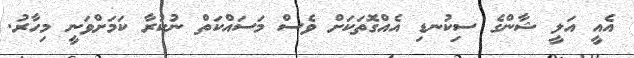
އެއީ އަލީ ޝާންގެ ސިކުނޑި އެއްގޮތަކަށް ވެސް މަސައްކަތް ނުކުރާ ކަމަށްވަނީ މިހާރު.